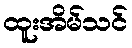
ထူးအိမ်သင်